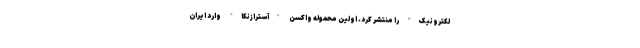
لکترونیک" را منتشر کرد. اولین محموله واکسن "آسترازنکا" وارد ایران